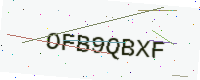
Text: OFB9QBXF